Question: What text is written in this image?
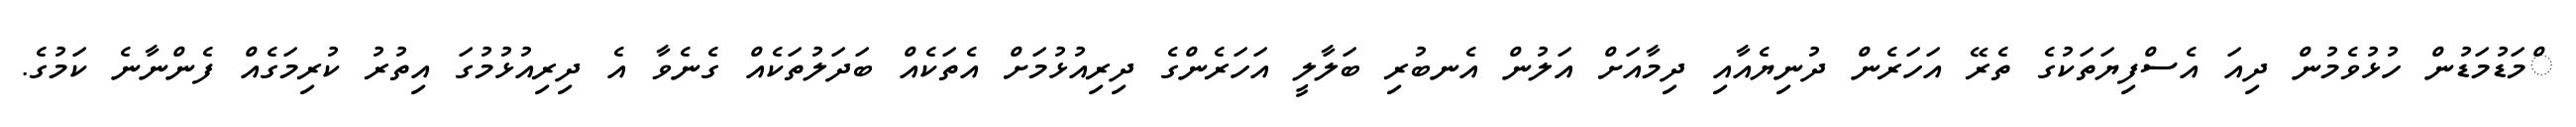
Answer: ްމަޑުމަޑުން ހުޅުވެމުން ދިއަ އެސްފިޔަތަކުގެ ތެރޭ އަހަރެން ދުނިޔެއާއި ދިމާއަށް އަލުން އެނބުރި ބަލާލީ އަހަރެންގެ ދިރިއުޅުމަށް އެތަކެއް ބަދަލުތަކެއް ގެނެވާ އެ ދިރިއުޅުމުގަ އިތުރު ކުރިމަގެއް ފެންނާނެ ކަމުގެ.